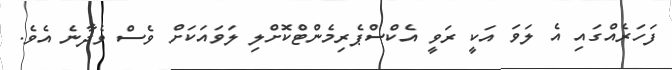
ފަހަރެއްގައި އެ ލަވަ އަކީ ރަވީ އެކްސްޕެރިމެންޓްކޮށްލި ލަވައަކަށް ވެސް ވެދާނެ އެވެ.